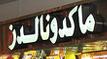
ماكدونالدز